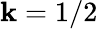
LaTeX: \mathbf{k}=1/2